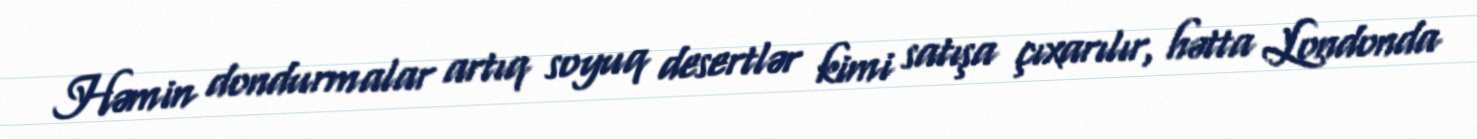
Həmin dondurmalar artıq soyuq desertlər kimi satışa çıxarılır, hətta Londonda